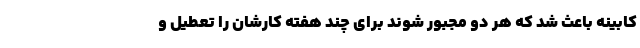
کابینه باعث شد که هر دو مجبور شوند برای چند هفته کارشان را تعطیل و